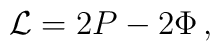
{\cal L} = 2P - 2\Phi \, ,